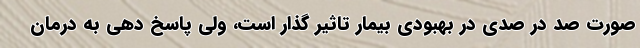
صورت صد در صدی در بهبودی بیمار تاثیر گذار است، ولی پاسخ دهی به درمان